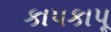
કાપકાપૂ